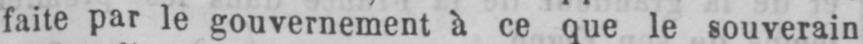
faite par le gouvernement à ce que le souverain